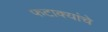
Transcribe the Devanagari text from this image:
फटाक्यांचे